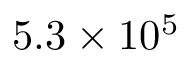
5 . 3 \times 1 0 ^ { 5 }